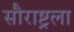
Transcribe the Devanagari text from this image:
सौराष्ट्रला